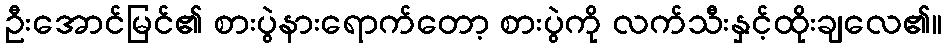
ဦးအောင်မြင်၏ စားပွဲနားရောက်တော့ စားပွဲကို လက်သီးနှင့်ထိုးချလေ၏။